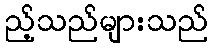
ည့်သည်များသည်